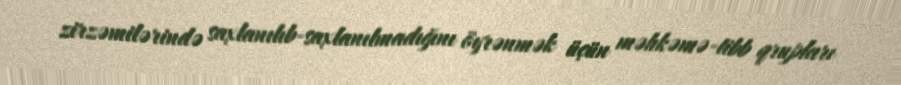
zirzəmilərində saxlanılıb-saxlanılmadığını öyrənmək üçün məhkəmə-tibb qrupları